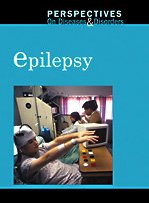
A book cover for Epilepsy (Perspectives on Diseases and Disorders); Mary E. Williams; Health, Fitness & Dieting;